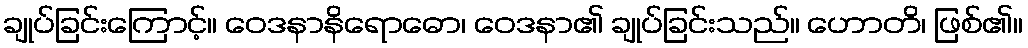
ချုပ်ခြင်းကြောင့်။ ဝေဒနာနိရောဓော၊ ဝေဒနာ၏ ချုပ်ခြင်းသည်။ ဟောတိ၊ ဖြစ်၏။